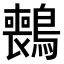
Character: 𫛑